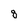
Character: 8